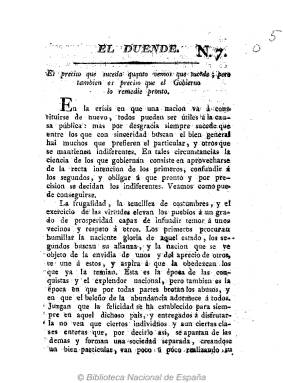
Título: El Duende (Cádiz)
Colección: Periódicos anteriores a 1850
Ámbito geográfico: Cádiz
Lugar de publicación: Cádiz
Fechas: 01/01/1811-31/12/1811

Ejemplar digitalizado procedente de la colección Gómez Imaz, con signatura R/60167(5).

Falta digitalizar el resto de la publicación, que comprende los números 1 a 6.